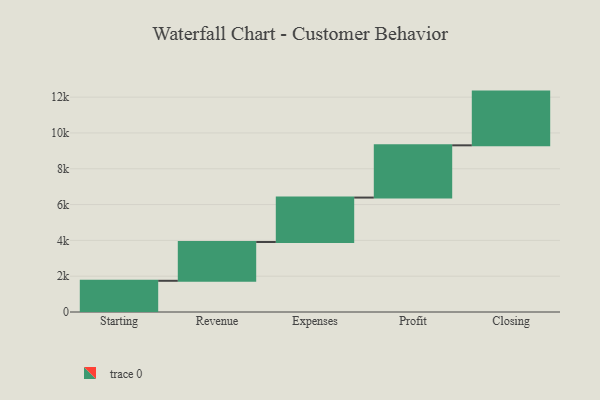
{"axis": {"x": "Step", "y": "Value"}, "legend": [""], "data": [{"x": "Starting", "y": 1743.0, "type": ""}, {"x": "Revenue", "y": 2167.0, "type": ""}, {"x": "Expenses", "y": 2481.0, "type": ""}, {"x": "Profit", "y": 2918.0, "type": ""}, {"x": "Closing", "y": 3000, "type": ""}]}